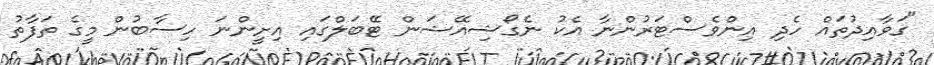
"ގަވާއިދުތައް ހެދި އިންވެސްޓަރުންނާ އެކު ނެގޯޝިއޭޝަން ޓޭބަލްގައި އިށީންނަ ހިސާބުން މީގެ ތަފާތު